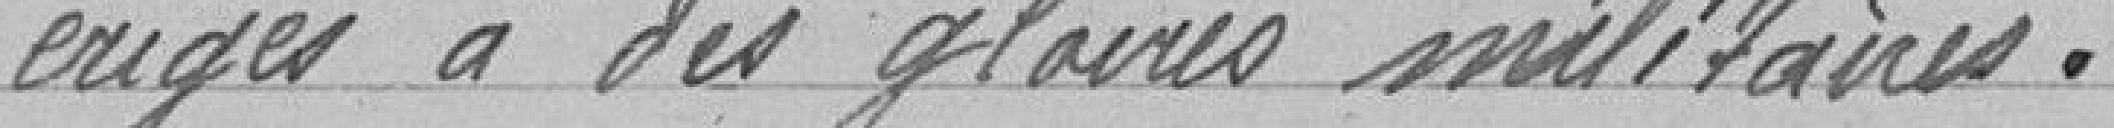
érigés à des gloires militaires.